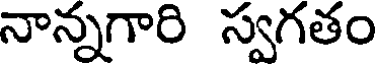
నాన్నగారి స్వగతం